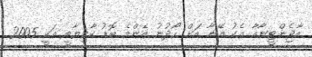
އާޖެންޓީނާއާ އެކު އޭނާ އަށް ހޯދުނު އެންމެ ބޮޑު ކާމިޔާބީ އަކީ 2005